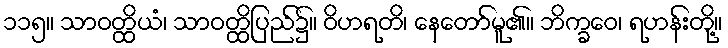
၁၁၅။ သာဝတ္ထိယံ၊ သာဝတ္ထိပြည်၌။ ဝိဟရတိ၊ နေတော်မူ၏။ ဘိက္ခဝေ၊ ရဟန်းတို့။